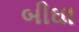
બીઘા